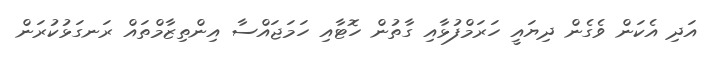
އަދި އެކަން ވެގެން ދިޔައީ ހަރަމްފުޅާއި ގާތުން ހޮޓާއި ހަމަޖައްސާ އިންތިޒާމްތައް ރަނގަޅުކުރަން